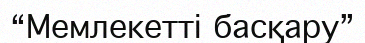
“Мемлекетті басқару”